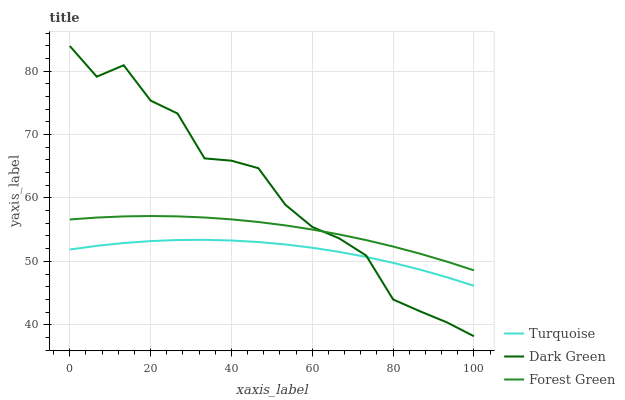
| xaxis_label | Turquoise | Dark Green | Forest Green |
 | --- | --- | --- | --- |
 | 0 | 51.9 | 84 | 56.6 |
 | 6.67 | 52.4 | 79.1 | 56.9 |
 | 13.3 | 52.9 | 80.9 | 57.1 |
 | 20 | 53.2 | 75.3 | 57.2 |
 | 26.7 | 53.4 | 73.3 | 57.1 |
 | 33.3 | 53.4 | 66.2 | 56.9 |
 | 40 | 53.3 | 65.9 | 56.6 |
 | 46.7 | 53 | 64.7 | 56.2 |
 | 53.3 | 52.7 | 58.9 | 55.7 |
 | 60 | 52.1 | 55.4 | 55 |
 | 66.7 | 51.5 | 53.6 | 54.2 |
 | 73.3 | 50.7 | 50.9 | 53.4 |
 | 80 | 49.8 | 44 | 52.3 |
 | 86.7 | 48.7 | 42.1 | 51.2 |
 | 93.3 | 47.5 | 40.4 | 50 |
 | 100 | 46.1 | 38.2 | 48.6 |